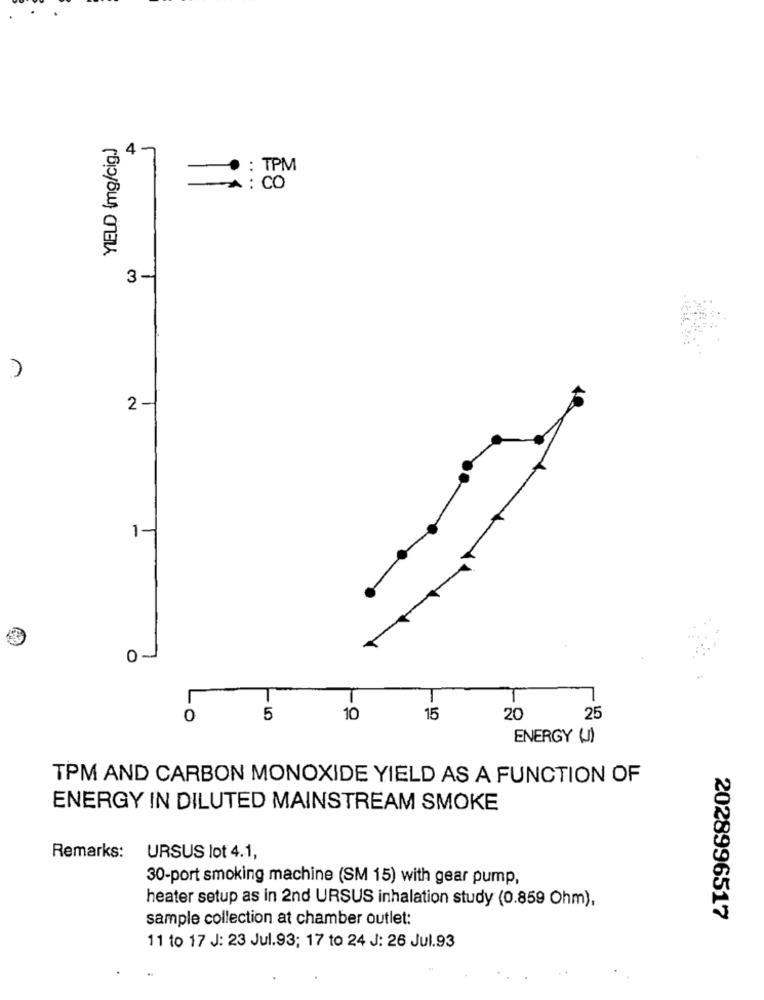
YIELD (mg/cig.)
4-
: TPM
: CO
..
3-
2 -
1-
0 -
0
5
10
15
20
25
ENERGY ()
TPM AND CARBON MONOXIDE YIELD AS A FUNCTION OF
ENERGY IN DILUTED MAINSTREAM SMOKE
Remarks:
URSUS lot 4.1,
30-port smoking machine (SM 15) with gear pump,
heater setup as in 2nd URSUS inhalation study (0.859 Ohm),
sample collection at chamber outlet:
2028996517
11 to 17 J: 23 Jul.93; 17 to 24 J: 26 Jul.93